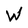
Character: W